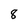
Character: 8